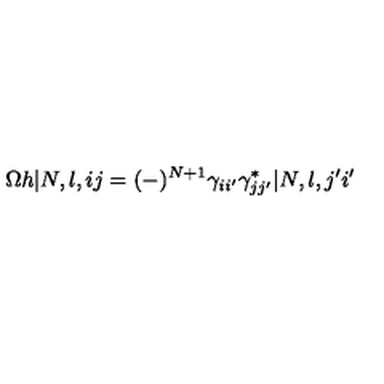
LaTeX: \Omega h | N , l , i j = ( - ) ^ { N + 1 } \gamma _ { i i ^ { \prime } } \gamma _ { j j ^ { \prime } } ^ { * } | N , l , j ^ { \prime } i ^ { \prime }